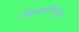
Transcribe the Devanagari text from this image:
चिमणरावांच्या